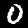
Label: 0